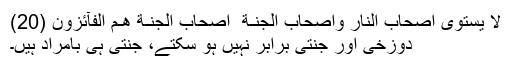
لَا يَسْتَوِىٓ اَصْحَابُ النَّارِ وَاَصْحَابُ الْجَنَّـةِ ۚ اَصْحَابُ الْجَنَّـةِ هُـمُ الْفَآئِزُوْنَ (20)
دوزخی اور جنتی برابر نہیں ہو سکتے، جنتی ہی بامراد ہیں۔